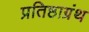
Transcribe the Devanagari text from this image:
प्रतिष्ठाग्रंथ